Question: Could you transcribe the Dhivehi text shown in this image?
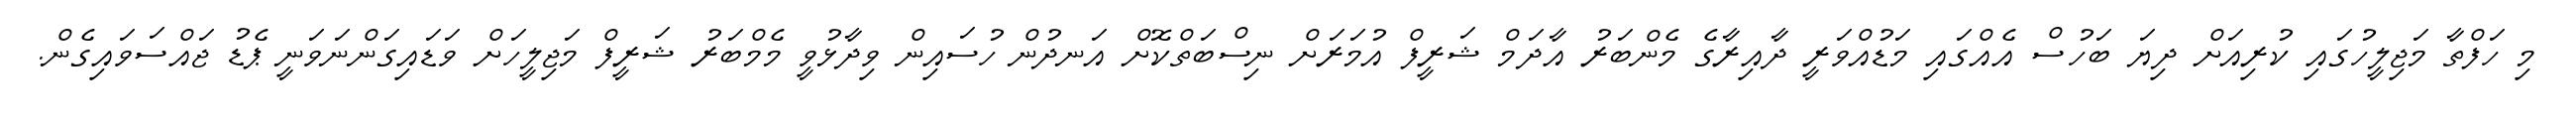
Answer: މި ހަފްތާ މަޖިލީހުގައި ކުރިއަށް ދިޔަ ބަހުސް އެއްގައި މަޑުއްވަރީ ދާއިރާގެ މެންބަރު އާދަމް ޝަރީފް އުމަރަށް ނިސްބަތްކޮށް އަނދުން ހުސައިން ވިދާޅުވީ މެމްބަރު ޝަރީފް މަޖިލީހަށް ވަޑައިގަންނަވަނީ ޕެޑު ޖައްސަވައިގެން.